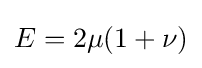
E=2\mu (1+\nu )